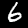
Label: 6